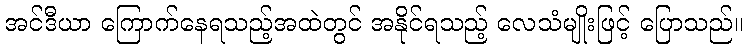
အင်ဒီယာ ကြောက်နေရသည့်အထဲတွင် အနိုင်ရသည့် လေသံမျိုးဖြင့် ပြောသည်။